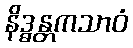
နိဒ္ဓန္တကသာဝံ